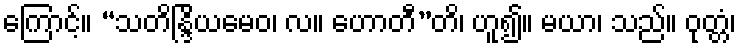
ကြောင့်။ “သတိန္ဒြိယမေဝ၊ လ။ ဟောတီ”တိ၊ ဟူ၍။ မယာ၊ သည်။ ဝုတ္တံ၊